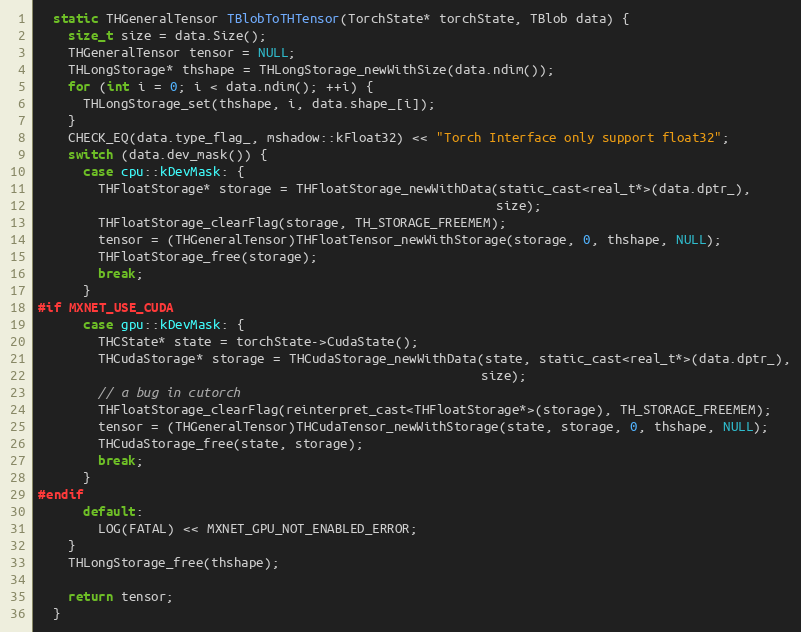
Language: C
  static THGeneralTensor TBlobToTHTensor(TorchState* torchState, TBlob data) {
    size_t size = data.Size();
    THGeneralTensor tensor = NULL;
    THLongStorage* thshape = THLongStorage_newWithSize(data.ndim());
    for (int i = 0; i < data.ndim(); ++i) {
      THLongStorage_set(thshape, i, data.shape_[i]);
    }
    CHECK_EQ(data.type_flag_, mshadow::kFloat32) << "Torch Interface only support float32";
    switch (data.dev_mask()) {
      case cpu::kDevMask: {
        THFloatStorage* storage = THFloatStorage_newWithData(static_cast<real_t*>(data.dptr_),
                                                             size);
        THFloatStorage_clearFlag(storage, TH_STORAGE_FREEMEM);
        tensor = (THGeneralTensor)THFloatTensor_newWithStorage(storage, 0, thshape, NULL);
        THFloatStorage_free(storage);
        break;
      }
#if MXNET_USE_CUDA
      case gpu::kDevMask: {
        THCState* state = torchState->CudaState();
        THCudaStorage* storage = THCudaStorage_newWithData(state, static_cast<real_t*>(data.dptr_),
                                                           size);
        // a bug in cutorch
        THFloatStorage_clearFlag(reinterpret_cast<THFloatStorage*>(storage), TH_STORAGE_FREEMEM);
        tensor = (THGeneralTensor)THCudaTensor_newWithStorage(state, storage, 0, thshape, NULL);
        THCudaStorage_free(state, storage);
        break;
      }
#endif
      default:
        LOG(FATAL) << MXNET_GPU_NOT_ENABLED_ERROR;
    }
    THLongStorage_free(thshape);

    return tensor;
  }